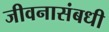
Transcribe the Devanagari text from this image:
जीवनासंबधी